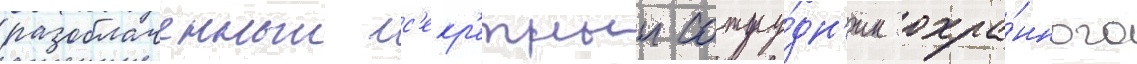
разоблаченныи с'екр'етныи сотру́дн'ик охра́нного